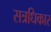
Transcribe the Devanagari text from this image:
सत्रधिकार